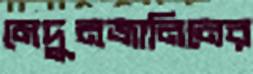
মেদুনজানিনের